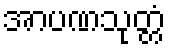
အာပဏသုတ္တံ